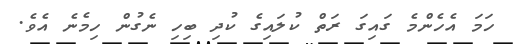
ހަމަ އެހެންމެ ގައިގަ ރަތް ކުލައިގެ ކުދި ބިހި ނެގުން ހިމެނެ އެވެ.